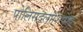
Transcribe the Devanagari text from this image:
पोलिसदलांशिवाय